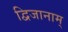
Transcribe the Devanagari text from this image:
द्विजानाम्